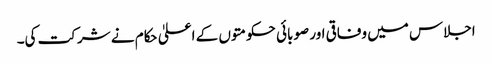
اجلاس میں وفاقی اور صوبائی حکومتوں کے اعلیٰ حکام نے شرکت کی۔